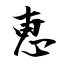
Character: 恵